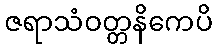
ဇရာသံဝတ္တနိကေပိ